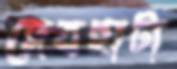
দেবহাটা